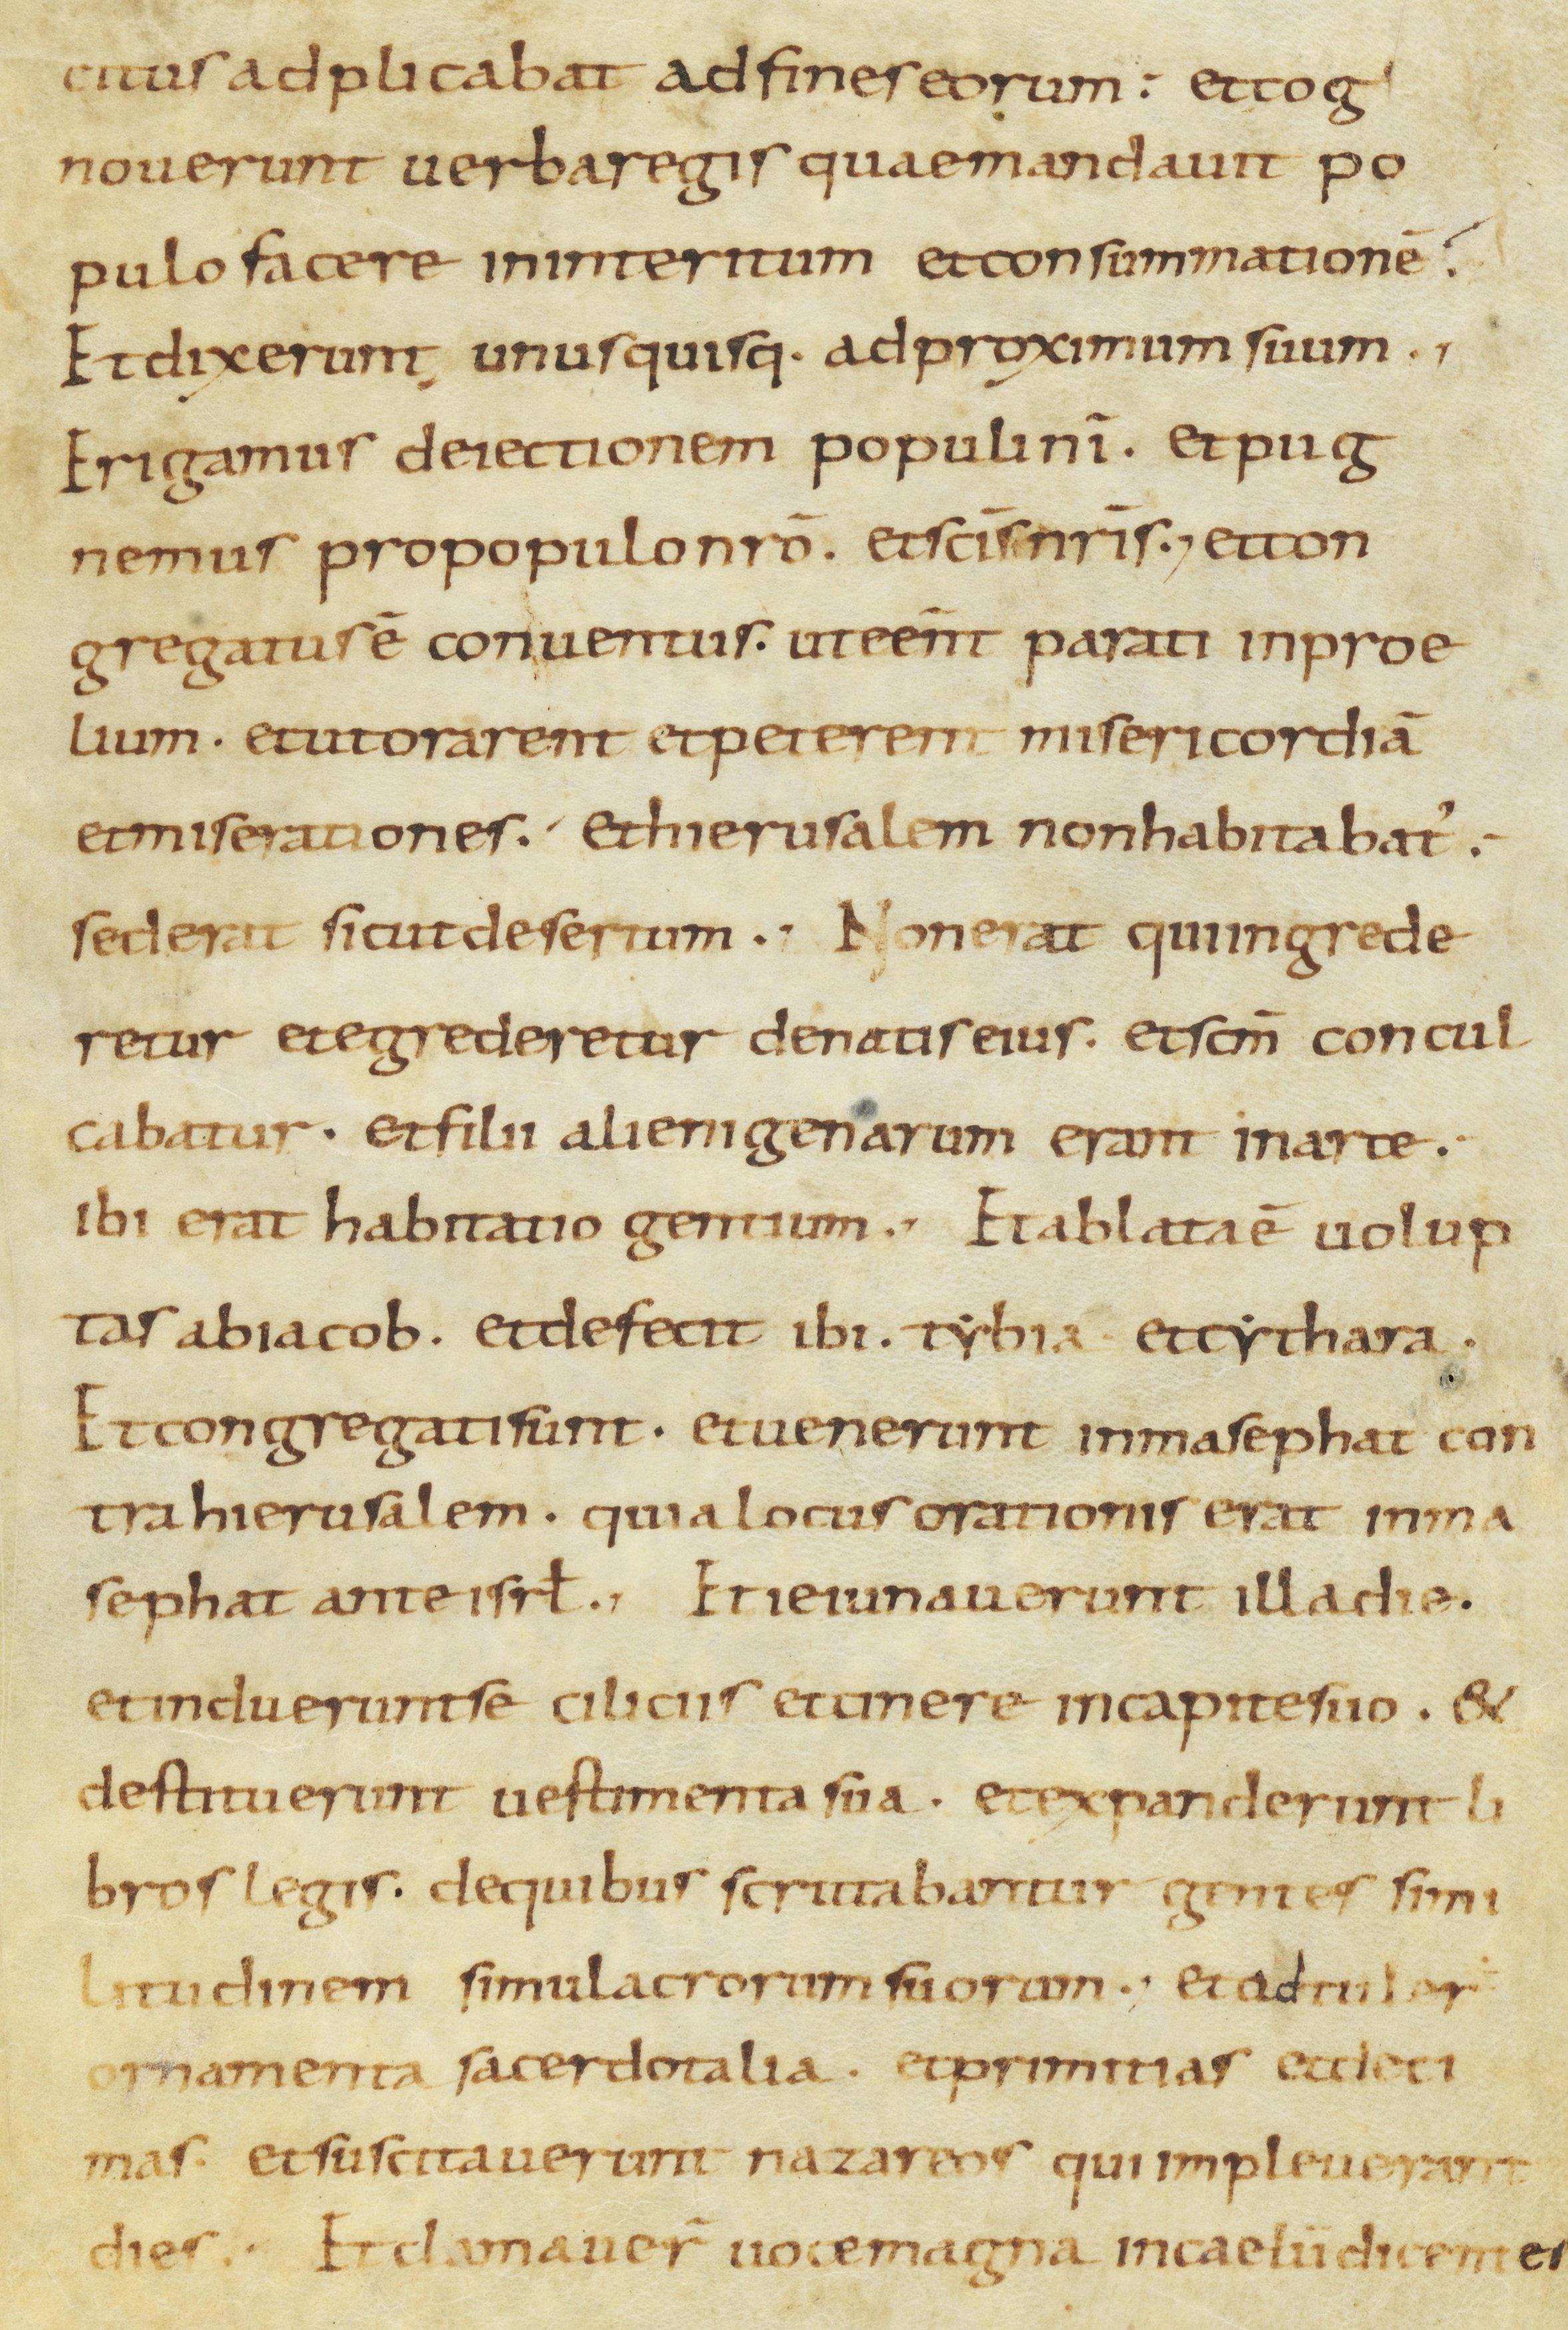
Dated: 800–899